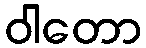
ဝါတော